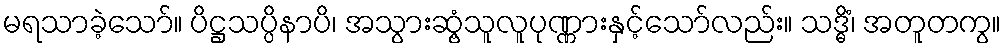
မရသာခဲ့သော်။ ပိဋ္ဌသပ္ပိနာပိ၊ အသွားဆွံ့သူလူပုဏ္ဏားနှင့်သော်လည်း။ သဒ္ဓိံ၊ အတူတကွ။